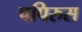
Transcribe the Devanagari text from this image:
पपिरुस